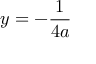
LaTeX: y = - { \frac { 1 } { 4 a } }